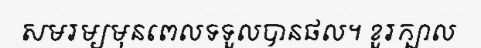
សមរម្យមុនពេលទទួលបានផល។ ខួរក្បាល